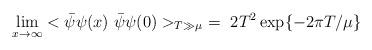
LaTeX: \begin{align*}\lim_{x\rightarrow\infty} <\bar{\psi}\psi(x)~\bar{\psi}\psi(0)>_{T\gg\mu}\ = \ 2T^2\exp\{-2\pi T/\mu\}\end{align*}